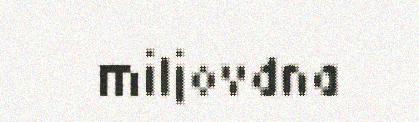
miljovdna